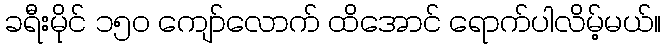
ခရီးမိုင် ၁၅၀ ကျော်လောက် ထိအောင် ရောက်ပါလိမ့်မယ်။